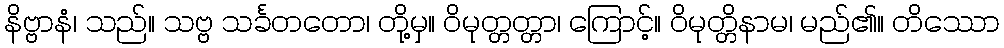
နိဗ္ဗာနံ၊ သည်။ သဗ္ဗ သင်္ခတတော၊ တို့မှ။ ဝိမုတ္တတ္တာ၊ ကြောင့်။ ဝိမုတ္တိနာမ၊ မည်၏။ တိဿော